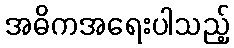
အဓိကအရေးပါသည့်